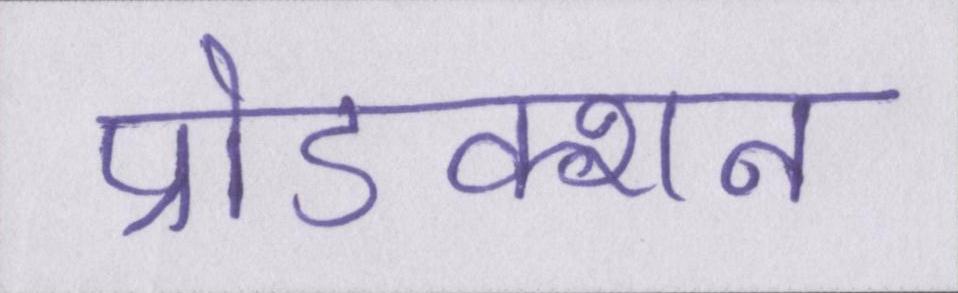
प्रोडक्शन